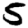
Digit: 5